Insane asylums in Bengal annual reports 1867-1875 - 1867-1875
Year: 1867
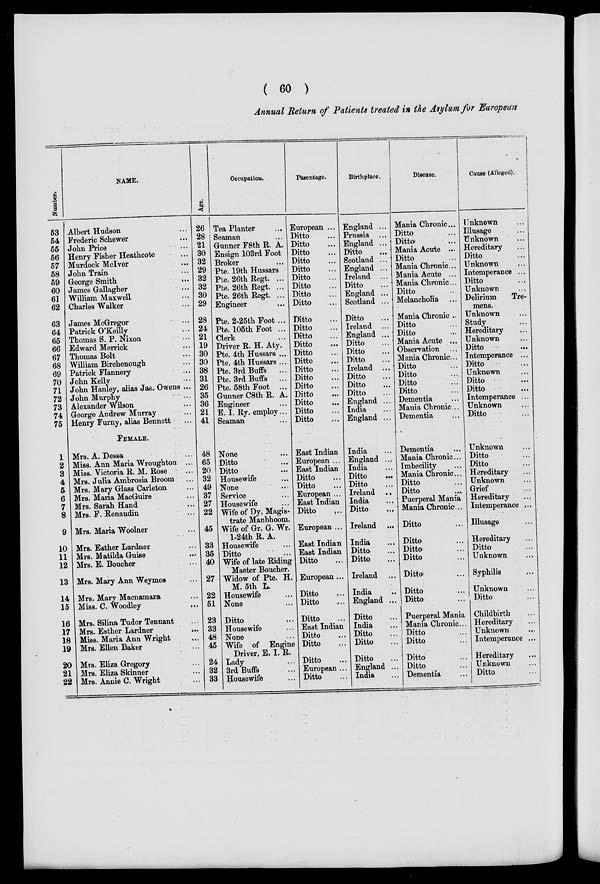
( 60 )
Annual Return of Patients treated in the Asylum for European
Number.
53
54
55
56
57
58
59
60
61
62
63
64
65
66
67
68
69
70
71
72
73
74
75
1
2
3
4
5
6
7
8
9
10
11
12
13
14
15
16
17
18
19
20
21
22
NAME.
Albert Hudson ...
Frederic Schewer ...
John Price ...
Henry Fisher Heathcote ...
Murdock McIver ...
John Train ...
George Smith ...
James Gallagher ...
William Maxwell ...
Charles Walker ...
James McGregor ...
Patrick O'Keilly ...
Thomas S. P. Nixon ...
Edward Merrick ...
Thomas Bolt ...
William Birchenough ...
Patrick Flannery ...
John Kelly ...
John Hanley, alias Jas. Owens ...
John Murphy ...
Alexander Wilson ...
George Andrew Murray ...
Henry Furny, alias Bennett ...
FEMALE.
Mrs. A. Dessa ...
Miss. Ann Maria Wroughton ...
Miss. Victoria R. M. Rose ...
Mrs. Julia Ambrosia Broom ...
Mrs. Mary Glass Carleton ...
Mrs. Maria MacGuire ...
Mrs. Sarah Hand ...
Mrs. F. Renaudin ...
Mrs. Maria Woolner ...
Mrs. Esther Lardner ...
Mrs. Matilda Guise ...
Mrs. E. Boucher ...
Mrs. Mary Ann Weymos ...
Mrs. Mary Macnamara ...
Miss. C. Woodley ...
Mrs. Silina Tudor Tennant ...
Mrs. Esther Lardner ...
Miss. Maria Ann Wright ...
Mrs. Ellen Baker ...
Mrs. Eliza Gregory ...
Mrs. Eliza Skinner ...
Mrs. Annie C. Wright ...
Age.
26
28
21
30
32
29
32
32
30
29
28
24
21
19
30
30
38
31
26
35
36
21
41
48
65
20
32
49
37
27
22
45
33
35
40
27
22
51
23
33
48
45
24
32
33
Occupation.
Tea Planter ...
Seaman ...
Gunner F8th R. A.
Ensign 103rd Foot
Broker ...
Pte. 19th Hussars
Pte. 26th Regt. ...
Pte. 26th Regt. ...
Pte. 26th Regt. ...
Engineer ...
Pte. 2-25th Foot ...
Pte. 105th Foot ...
Clerk ...
Driver R. H. Aty.
Pte. 4th Hussars ...
Pte. 4th Hussars ...
Pte. 3rd Buffs
...
Pte. 3rd Buffs
...
Pte. 58th Foot ...
Gunner C8th R. A.
Engineer ...
E. I. Ry. employ...
Seaman ...
None ...
Ditto ...
Ditto ...
Housewife ...
None ...
Service ...
Housewife ...
Wife of Dy. Magis-
trate Manbhoom.
Wife of Gr. G. Wr.
1-24th R. A.
Housewife ...
Ditto ...
Wife of late Riding
Master Boucher.
Widow of Pte. H.
M. 5th L.
Housewife ...
None ...
Ditto ...
Housewife ...
None ...
Wife of Engine
Driver, E. I. R.
Lady ...
3rd Buffs ...
Housewife ...
Parentage.
European ...
Ditto ...
Ditto ...
Ditto ...
Ditto ...
Ditto ...
Ditto ...
Ditto ...
Ditto ...
Ditto ...
Ditto ...
Ditto ...
Ditto ...
Ditto ...
Ditto ...
Ditto ...
Ditto ...
Ditto ...
Ditto ...
Ditto ...
Ditto ...
Ditto ...
Ditto ...
East Indian
European ...
East Indian
Ditto ...
Ditto ...
European ...
East Indian
Ditto ...
European ...
East Indian
East Indian
Ditto ...
European ...
Ditto ...
Ditto ...
Ditto
...
East Indian
Ditto ...
Ditto ...
Ditto ...
European ...
Ditto ...
Birthplace.
England ...
Prussia ...
England ...
Ditto ...
Scotland ...
England ...
Ireland ...
Ditto ...
England ...
Scotland ...
Ditto ...
Ireland ...
England ...
Ditto ...
Ditto ...
Ditto ...
Ireland ...
Ditto ...
Ditto ...
Ditto ...
England ...
India ...
England ...
India ...
England ...
India ...
Ditto
...
Ditto ...
Ireland ...
India
...
Ditto ...
Ireland ...
India ...
Ditto ...
Ditto ...
Ireland ...
India ...
England ...
Ditto ...
India ...
Ditto ...
Ditto ...
Ditto ...
England ...
India ...
Disease.
Mania Chronic...
Ditto ...
Ditto
...
Mania Acute ...
Ditto ...
Mania Chronic...
Mania Acute ...
Mania Chronic...
Ditto ...
Melancholia ...
Mania Chronic ...
Ditto ...
Ditto ...
Mania Acute ...
Observation ...
Mania Chronic...
Ditto ...
Ditto ...
Ditto ...
Ditto ...
Dementia ...
Mania Chronic...
Dementia ...
Dementia ...
Mania Chronic...
Imbecility ...
Mania Chronic...
Ditto ...
Ditto ...
Puerperal Mania ...
Mania Chronic...
Ditto ...
Ditto ...
Ditto ...
Ditto ...
Ditto ...
Ditto ...
Ditto ...
Puerperal Mania
Mania Chronic...
Ditto ...
Ditto ...
Ditto ...
Ditto ...
Dementia ...
Cause (Alleged).
Unknown ...
Illusage ...
Unknown ...
Hereditary ...
Ditto ...
Unknown ...
Intemperance ...
Ditto ...
Unknown ...
Delirium
Tre-
mens.
Unknown ...
Study ...
Hereditary ...
Unknown ...
Ditto ...
Intemperance ...
Ditto ...
Unknown ...
Ditto ...
Ditto ...
Intemperance ...
Unknown ...
Ditto ...
Unknown ...
Ditto ...
Ditto ...
Hereditary ...
Unknown ...
Grief ...
Hereditary ...
Intemperance ...
Illusage ...
Hereditary ...
Ditto ...
Unknown ...
Syphilis ...
Unknown ...
Ditto ...
Childbirth ...
Hereditary ...
Unknown
...
Intemperance ...
Hereditary ...
Unknown ...
Ditto ...